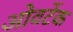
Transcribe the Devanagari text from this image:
ओवर्टेक